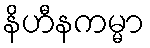
နိဟီနကမ္မာ